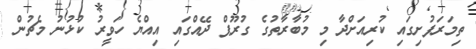
ތިމަރަފުށިގައި ކުރިއަށްދާ މި މުބާރާތުގެ ގުރޫޕް ދޭއްގައި އިއްޔެ ހަވީރު ކުޅުނު މެޗުން